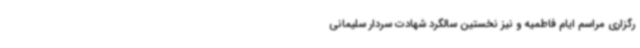
رگزاری مراسم ایام فاطمیه و نیز نخستین سالگرد شهادت سردار سلیمانی